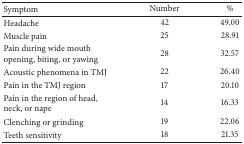
| Symptom | Number | % |
 | --- | --- | --- |
 | Headache | 42 | 49.00 |
 | Muscle pain | 25 | 28.91 |
 | Pain during wide mouth opening, biting, or yawing | 28 | 32.57 |
 | Acoustic phenomena in TMJ | 22 | 26.40 |
 | Pain in the TMJ region | 17 | 20.10 |
 | Pain in the region of head, neck, or nape | 14 | 16.33 |
 | Clenching or grinding | 19 | 22.06 |
 | Teeth sensitivity | 18 | 21.35 |